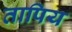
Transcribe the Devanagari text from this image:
तापिय